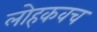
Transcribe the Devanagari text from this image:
लोहकवच